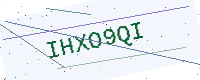
Text: IHXO9QI